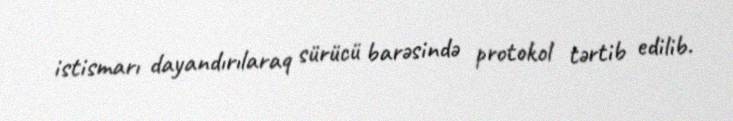
istismarı dayandırılaraq sürücü barəsində protokol tərtib edilib.